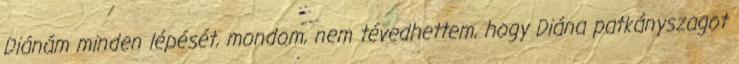
Diánám minden lépését, mondom, nem tévedhettem, hogy Diána patkányszagot